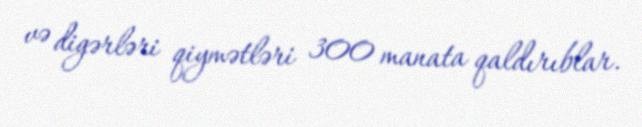
və digərləri qiymətləri 300 manata qaldırıblar.